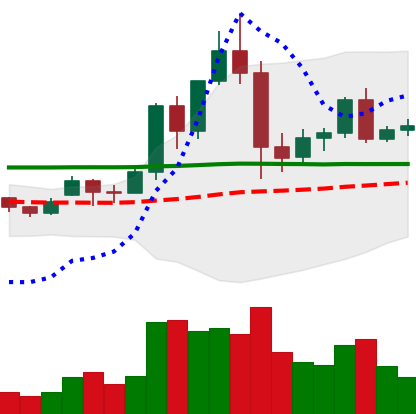
Ticker: EOS-USD
Chart end date: 2020-12-03
Forward return: -9.229%
Label: down_7plus